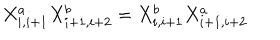
X _ { i , i + 1 } ^ { a } X _ { i + 1 , i + 2 } ^ { b } = X _ { i , i + 1 } ^ { b } X _ { i + 1 , i + 2 } ^ { a }